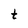
Character: t